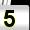
Digit: 5